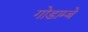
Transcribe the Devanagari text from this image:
गोडाम्बे